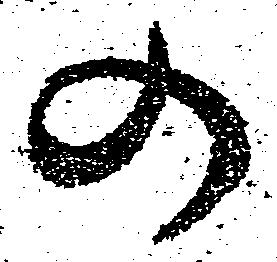
の